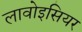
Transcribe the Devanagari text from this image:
लावोइसियर